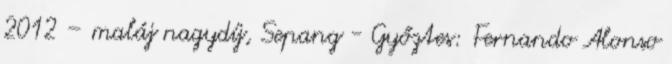
2012 – maláj nagydíj, Sepang - Győztes: Fernando Alonso